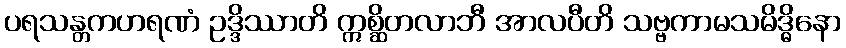
ပရသန္တကဟရဏံ ဥဒ္ဒိဿာတိ ဣစ္ဆိတလာဘီ အာလပီတိ သဗ္ဗကာမသမိဒ္ဓိနော